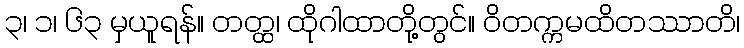
၃၊ ၁၊ ၆၃ မှယူရန်။ တတ္ထ၊ ထိုဂါထာတို့တွင်။ ဝိတက္ကမထိတဿာတိ၊